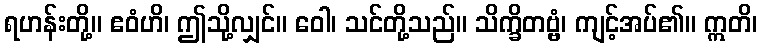
ရဟန်းတို့။ ဧဝံဟိ၊ ဤသို့လျှင်။ ဝေါ၊ သင်တို့သည်။ သိက္ခိတဗ္ဗံ၊ ကျင့်အပ်၏။ ဣတိ၊